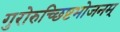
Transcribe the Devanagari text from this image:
गुरोरुच्छिष्टभोजनम्